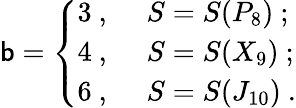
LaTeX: \mathsf{b}=\left\{ \begin{array}{ll}{{3\ ,\ }}&{{S=S(P_{8})\ ;}}\\ {{4\ ,\ }}&{{S=S(X_{9})\ ;}}\\ {{6\ ,\ }}&{{S=S(J_{10})\ .}}\end{array}\right.